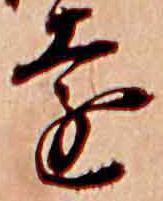
遠